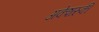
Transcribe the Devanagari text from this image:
अकेशरुकी